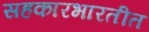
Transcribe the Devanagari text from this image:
सहकारभारतीत